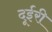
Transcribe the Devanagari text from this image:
दूईरी